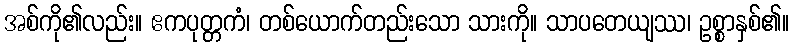
အစ်ကို၏လည်း။ ဧကပုတ္တကံ၊ တစ်ယောက်တည်းသော သားကို။ သာပတေယျဿ၊ ဥစ္စာနှစ်၏။